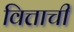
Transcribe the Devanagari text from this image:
वित्ताची